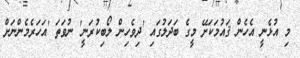
މި އުޅެނީ އެހެން ޤައުމަަކަށޭ މީގެ ބަދަލުގައި 'ދިވެހިން ލޯބިކުރަނީ' ނުވަތަ 'އަހަރެމެންނަށް